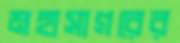
মহাসাগরের